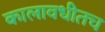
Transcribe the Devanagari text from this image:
कालावधीतच